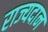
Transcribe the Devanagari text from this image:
राज्यदान